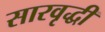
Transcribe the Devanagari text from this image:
सारवृद्धी